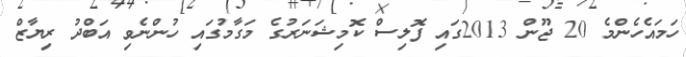
ހަމައެހެންމެ 20 ޖޫން 2013ގައި ފޮލިސް ކޮމިޝަނަރުގެ މަގާމުގައި ހުންނެވި އަބްދު ރިޔާޒް